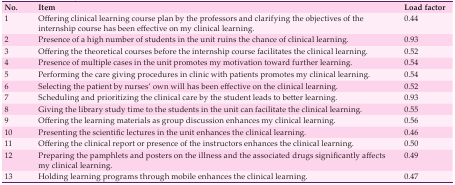
<table><thead><tr><td><b>No.</b></td><td><b>Item</b></td><td><b>Load factor</b></td></tr></thead><tbody><tr><td> 1 </td><td> Offering clinical learning course plan by the professors and clarifying the objectives of the internship course has been effective on my clinical learning. </td><td> 0.44 </td></tr><tr><td> 2 </td><td> Presence of a high number of students in the unit ruins the chance of clinical learning. </td><td> 0.93 </td></tr><tr><td> 3 </td><td> Offering the theoretical courses before the internship course facilitates the clinical learning. </td><td> 0.52 </td></tr><tr><td> 4 </td><td> Presence of multiple cases in the unit promotes my motivation toward further learning. </td><td> 0.54 </td></tr><tr><td> 5 </td><td> Performing the care giving procedures in clinic with patients promotes my clinical learning. </td><td> 0.54 </td></tr><tr><td> 6 </td><td> Selecting the patient by nurses’ own will has been effective on the clinical learning. </td><td> 0.52 </td></tr><tr><td> 7 </td><td> Scheduling and prioritizing the clinical care by the student leads to better learning. </td><td> 0.93 </td></tr><tr><td> 8 </td><td> Giving the library study time to the students in the unit can facilitate the clinical learning. </td><td> 0.55 </td></tr><tr><td> 9 </td><td> Offering the learning materials as group discussion enhances my clinical learning. </td><td> 0.56 </td></tr><tr><td> 10 </td><td> Presenting the scientific lectures in the unit enhances the clinical learning. </td><td> 0.46 </td></tr><tr><td> 11 </td><td> Offering the clinical report or presence of the instructors enhances the clinical learning. </td><td> 0.50 </td></tr><tr><td> 12 </td><td> Preparing the pamphlets and posters on the illness and the associated drugs significantly affects my clinical learning. </td><td> 0.49 </td></tr><tr><td> 13 </td><td> Holding learning programs through mobile enhances the clinical learning. </td><td> 0.47 </td></tr></tbody></table>